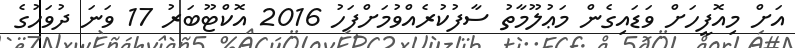
އަށް މިއޮފީހަށް ވަޑައިގެން މަޢުލޫމާތު ސާފުކުރެއްވުމަށްފަހު 2016 އޮކްޓޫބަރު 17 ވަނަ ދުވަހުގެ